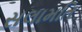
સલામતિ